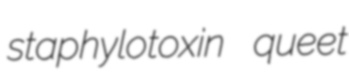
staphylotoxin queet